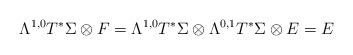
LaTeX: \begin{align*}\Lambda^{1,0}T^*\Sigma \otimes F = \Lambda^{1,0}T^*\Sigma \otimes\Lambda^{0,1}T^*\Sigma \otimes E = E\end{align*}